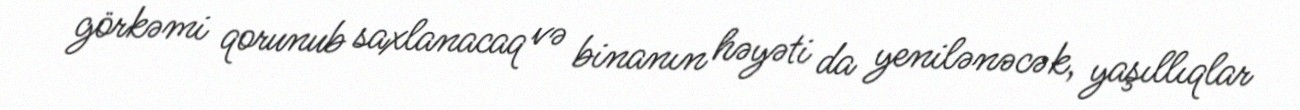
görkəmi qorunub saxlanacaq və binanın həyəti da yenilənəcək, yaşıllıqlar